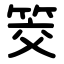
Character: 筊